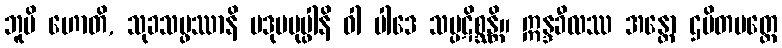
ဘူမိ ဟောတိ, သုခသမ္ဖဿာနိ ပဒုမပုပ္ဖါနိ ဝါ ပါဒေ သမ္ပဋိစ္ဆန္တိ။ ဣန္ဒခီလဿ အန္တော ဌပိတမတ္တေ